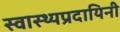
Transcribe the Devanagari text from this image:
स्वास्थ्यप्रदायिनी